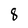
Character: 8